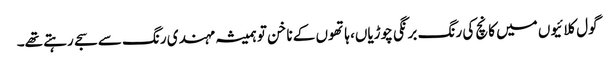
گول کلائیوں میں کانچ کی رنگ برنگی چوڑیاں، ہاتھوں کے ناخن تو ہمیشہ مہندی رنگ سے سجے رہتے تھے۔